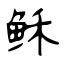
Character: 稣